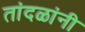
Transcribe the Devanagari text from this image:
तांदळांनी